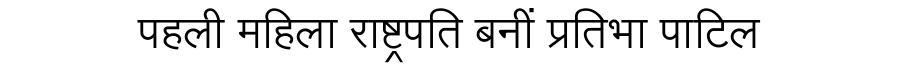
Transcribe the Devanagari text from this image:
पहली महिला राष्ट्रपति बनीं प्रतिभा पाटिल